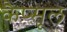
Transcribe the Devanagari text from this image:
कैप्‍सूल